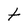
Character: t